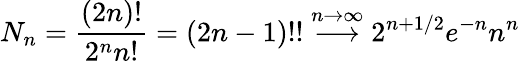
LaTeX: N_{n}={\frac{(2n)!}{2^{n}n!}}=(2n-1)!!\stackrel{n\to\infty}{\longrightarrow}2^{n+1/2}e^{-n}n^{n}